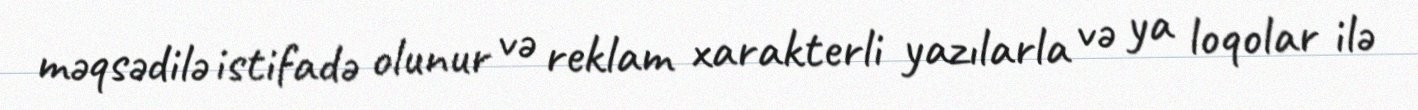
məqsədilə istifadə olunur və reklam xarakterli yazılarla və ya loqolar ilə